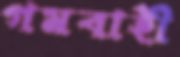
গমবাহী